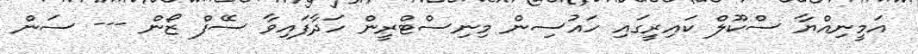
އަމީނިއްޔާ ސްކޫލް ކައިރީގައި ހައުސިން މިނިސްޓްރީން ހަދާފައިވާ ސޭފް ޒޯން --- ސަން